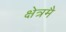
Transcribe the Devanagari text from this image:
क्षेत्रमै